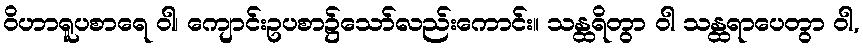
ဝိဟာရူပစာရေ ဝါ၊ ကျောင်းဥပစာ၌သော်လည်းကောင်း။ သန္ထရိတွာ ဝါ သန္ထရာပေတွာ ဝါ,